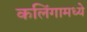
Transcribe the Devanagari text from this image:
कलिंगामध्ये